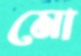
মো